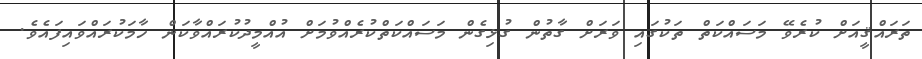
ތަރައްޤީއަށް ކުރެވޭ މަސައްކަތް ތަކުގައި ވަރަށް ގާތުން ގުޅިގެން މަސައްކަތްކުރެއްވުމަށް އުއްމީދުކުރައްވާކަން ހާމަކުރައްވައިފައެވެ.